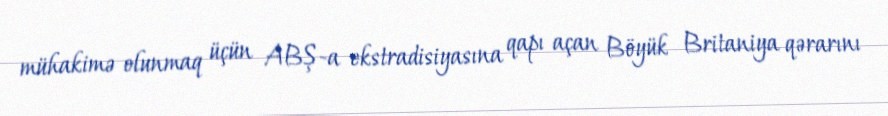
mühakimə olunmaq üçün ABŞ-a ekstradisiyasına qapı açan Böyük Britaniya qərarını